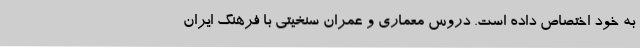
به خود اختصاص داده است. دروس معماری و عمران سنخیتی با فرهنگ ایران